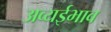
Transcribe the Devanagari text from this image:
अव्यईभाव